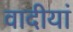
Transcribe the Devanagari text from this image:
वादीयां